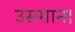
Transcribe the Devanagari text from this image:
उसमान।